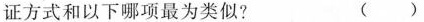
论证方式和以下哪项最为类似? ( )